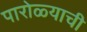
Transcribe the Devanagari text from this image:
पारोळ्याची